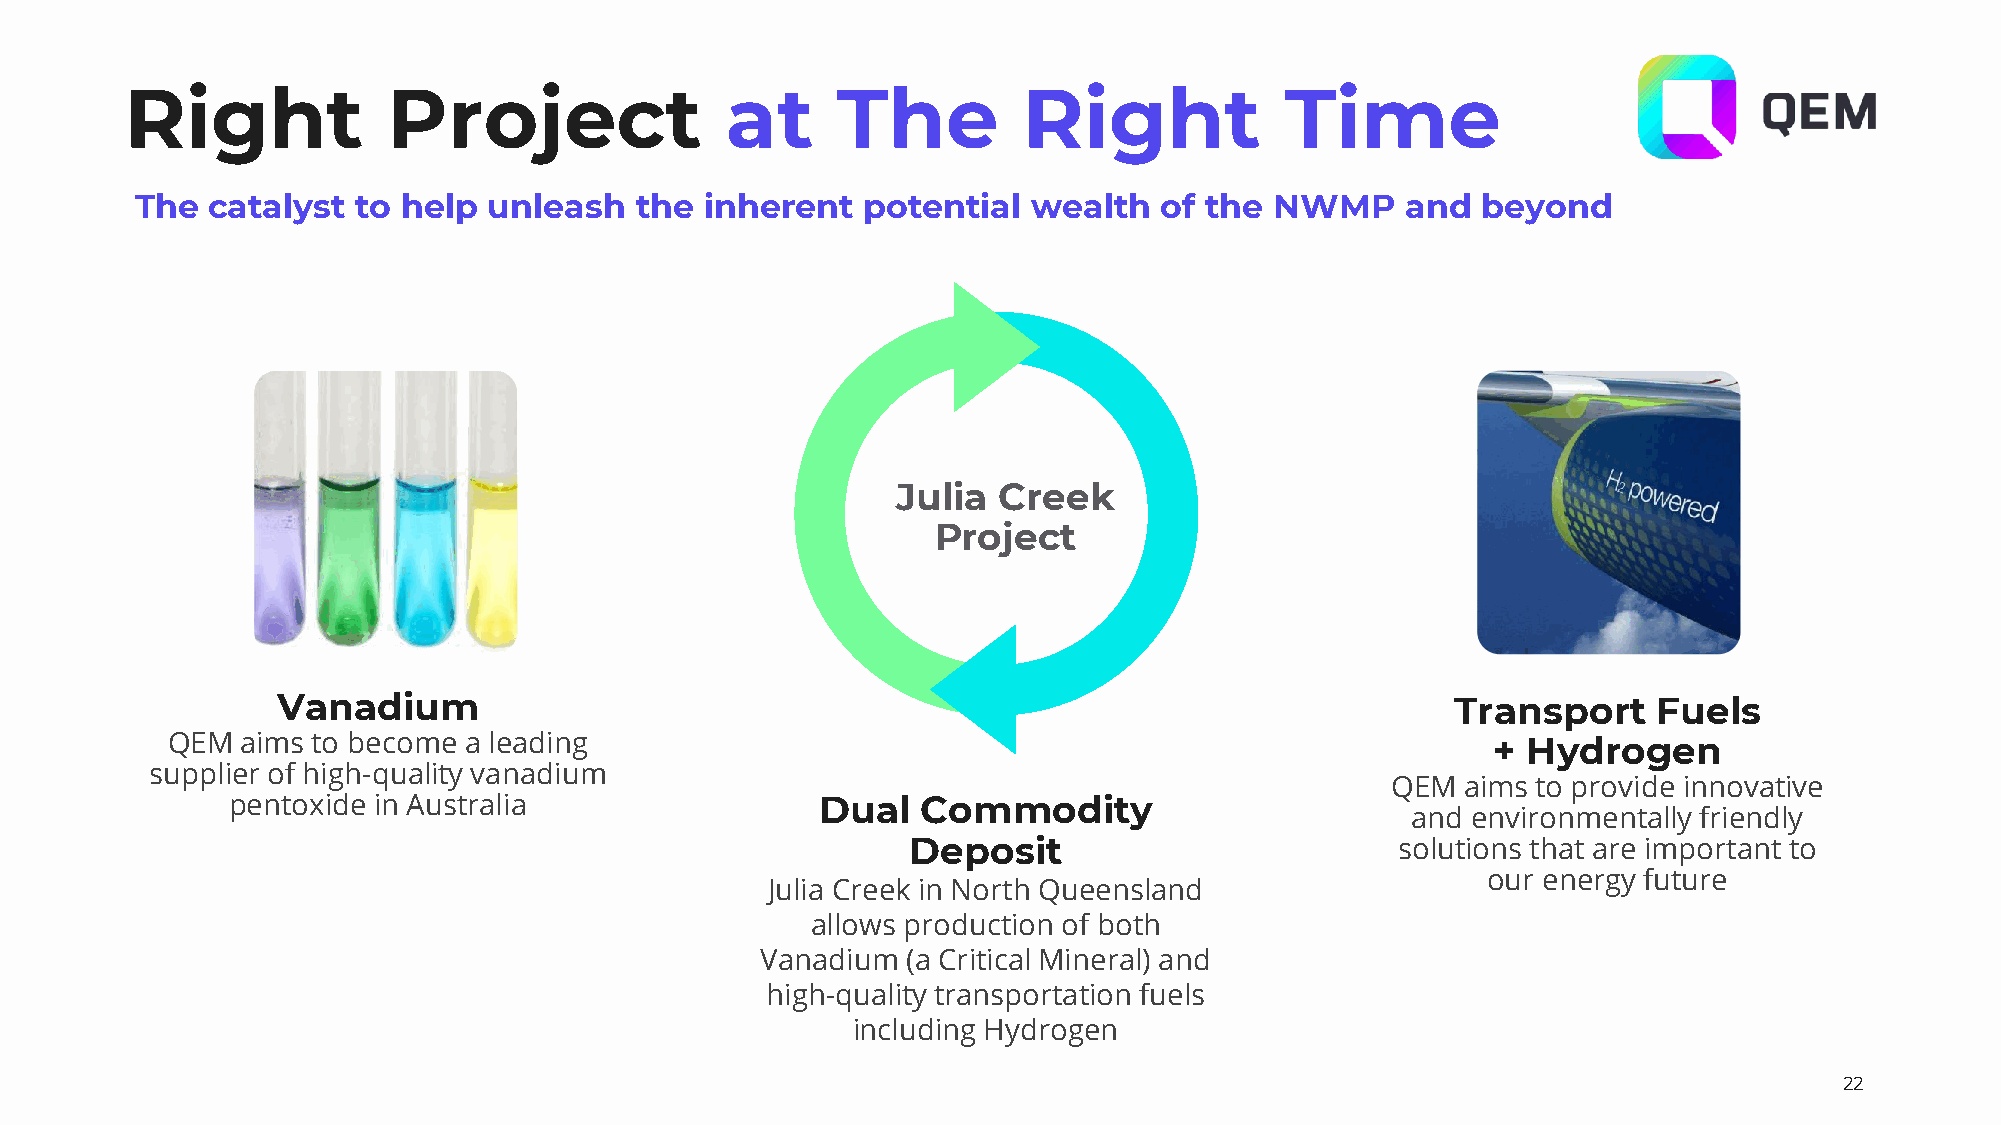
Right             Project               at     The          Right            Time
 y
 l
 n      The  catalyst  to help unleash   the  inherent  potential  wealth   of the NWMP     and  beyond
 O
 e
 s
 U
 Julia  Creek
 l
 a                                                           Project
 n
 o
 s
 Vanadium                                                                      Transport     Fuels
 r
 QEM  aims to become a leading                                                           + Hydrogen
 e
 supplier of high-quality vanadium
 QEM  aims to provide innovative
 P            pentoxide in Australia                 Dual   Commodity
 and environmentally friendly
 Deposit                          solutions that are important to
 r                                                                                               our energy future
 Julia Creek in North Queensland
 o
 allows production of both
 F                                               Vanadium  (a Critical Mineral) and
 high-quality transportation fuels
 including Hydrogen
 22